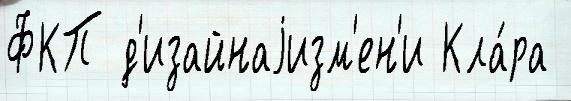
ФКП д'изайнаjизм'ен'и Кла́ра